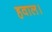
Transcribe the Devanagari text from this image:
हवाल।